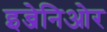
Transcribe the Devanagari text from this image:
इन्जेनिओर